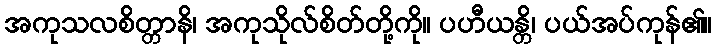
အကုသလစိတ္တာနိ၊ အကုသိုလ်စိတ်တို့ကို။ ပဟီယန္တိ၊ ပယ်အပ်ကုန်၏။